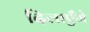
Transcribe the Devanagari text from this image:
दिलाएँगे